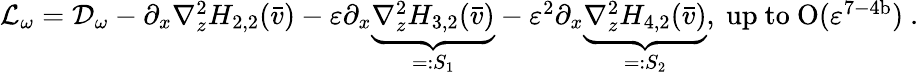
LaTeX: \begin{array}{r}{\mathcal{L}_{\omega}=\mathcal{D}_{\omega}-\partial_{x}\nabla_{z}^{2}H_{2,2}(\bar{v})-\varepsilon\partial_{x}\underbrace{\nabla_{z}^{2}H_{3,2}(\bar{v})}_{=:S_{1}}-\varepsilon^{2}\partial_{x}\underbrace{\nabla_{z}^{2}H_{4,2}(\bar{v})}_{=:S_{2}},\mathrm{~up~to~O(\varepsilon^{7-4b})~.}}\end{array}